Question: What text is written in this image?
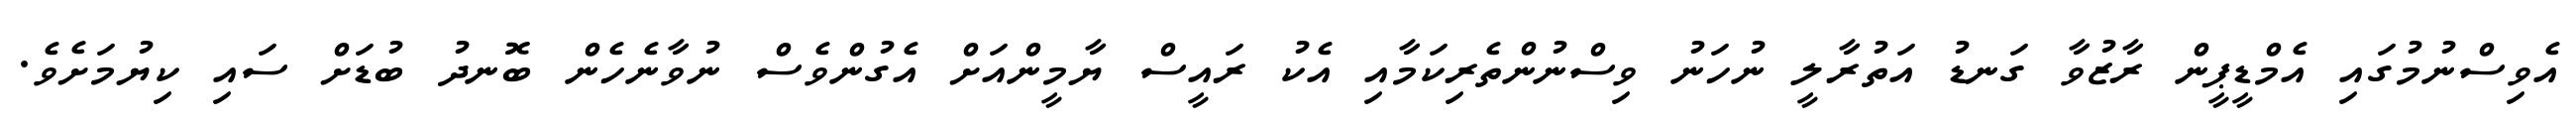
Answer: އެވިސްނުމުގައި އެމްޑީޕީން ރާޒުވާ ގަނޑު އަތުރާލީ ނުހަނު ވިސްނުންތެރިކަމާއި އެކު ރައީސް ޔާމީންއަށް އެގުންވެސް ނުވާނެހެން ބޮނދު ބުޑަށް ސައި ކިޔުމަށެވެ.